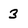
Character: 3